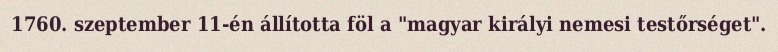
1760. szeptember 11-én állította föl a "magyar királyi nemesi testőrséget".